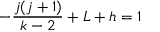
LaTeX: - { \frac { j ( j + 1 ) } { { k - 2 } } } + L + h = 1